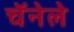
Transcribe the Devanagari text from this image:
चॅनेले